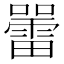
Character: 𡃷